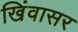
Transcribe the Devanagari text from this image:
खिंवासर